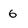
Character: 6